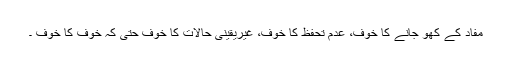
مفاد کے کھو جانے کا خوف، عدم تحفظ کا خوف، غیریقینی حالات کا خوف حتیٰ کہ خوف کا خوف ۔